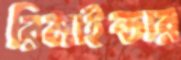
রিমাইন্ডার